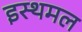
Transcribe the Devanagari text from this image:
इस्थमल